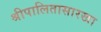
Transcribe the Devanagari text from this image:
श्रीपालितासारखा